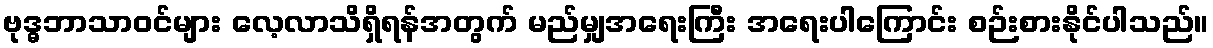
ဗုဒ္ဓဘာသာဝင်များ လေ့လာသိရှိရန်အတွက် မည်မျှအရေးကြီး အရေးပါကြောင်း စဉ်းစားနိုင်ပါသည်။